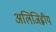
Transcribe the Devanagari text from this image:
अलिजिह्वीय